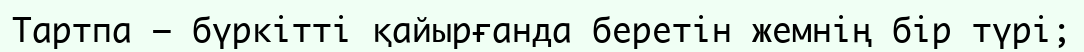
Тартпа — бүркітті қайырғанда беретін жемнің бір түрі;